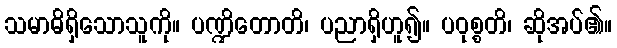
သမာဓိရှိသောသူကို။ ပဏ္ဍိတောတိ၊ ပညာရှိဟူ၍။ ပဝုစ္စတိ၊ ဆိုအပ်၏။